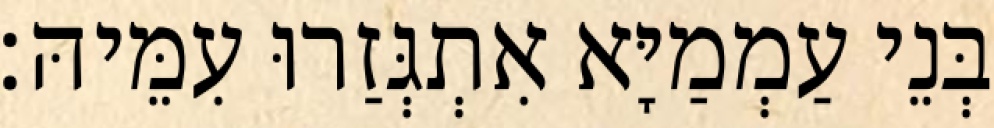
בְּנֵי עַמְמַיָּא אִתְגְּזַרוּ עִמֵּיהּ׃